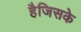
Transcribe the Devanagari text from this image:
हैजिसके